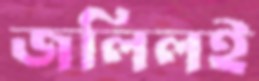
জলিলই